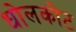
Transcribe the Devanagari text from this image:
धोलकोट